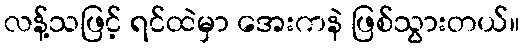
လန့်သဖြင့် ရင်ထဲမှာ အေးကနဲ ဖြစ်သွားတယ်။